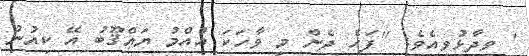
' ވިދާޅުވިއެވެ: ''ފަހެ ދެން މި ވާހަކަ އުއްމު ޔަޢްޤޫބު އޭ ކިއުނު